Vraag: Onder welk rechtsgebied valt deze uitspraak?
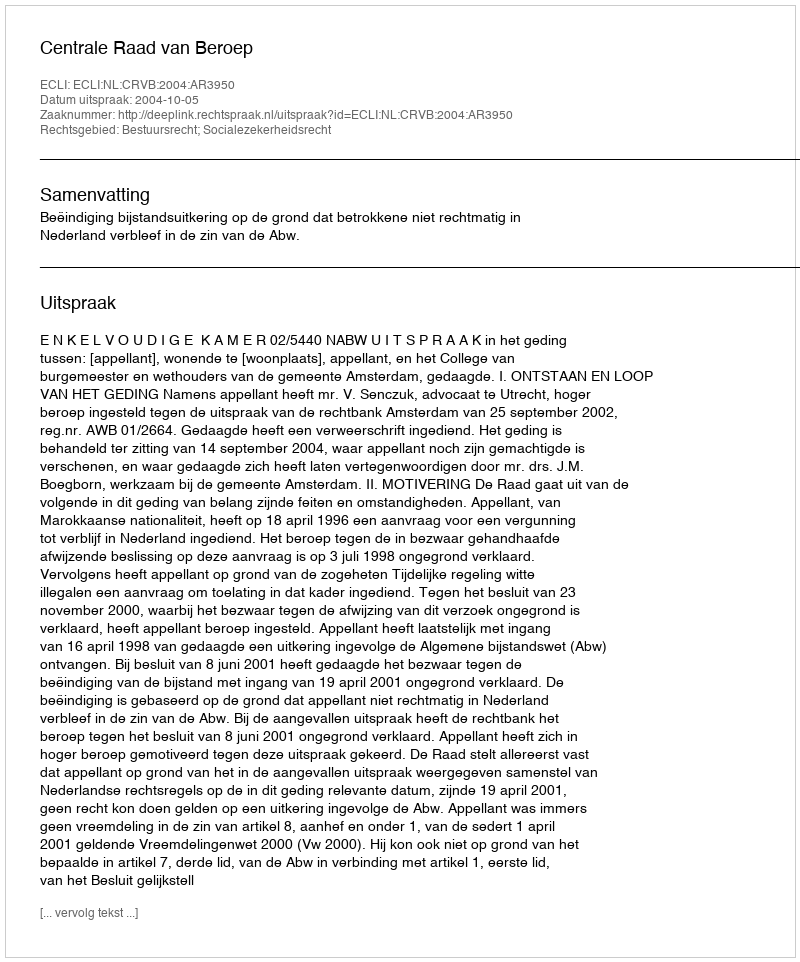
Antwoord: Bestuursrecht; Socialezekerheidsrecht